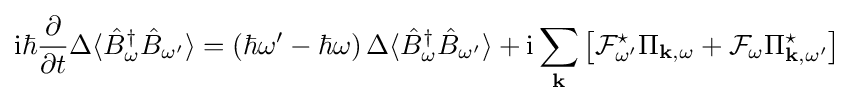
\mathrm {i} \hbar {\frac {\partial }{\partial t}}\Delta \langle {\hat {B}}_{\omega }^{\dagger }{\hat {B}}_{\omega '}\rangle =(\hbar \omega '-\hbar \omega )\,\Delta \langle {\hat {B}}_{\omega }^{\dagger }{\hat {B}}_{\omega '}\rangle +\mathrm {i} \sum \limits _{\mathbf {k} }\left[{\mathcal {F}}_{\omega '}^{\star }\Pi _{\mathbf {k} ,\omega }+{\mathcal {F}}_{\omega }\Pi _{\mathbf {k} ,\omega '}^{\star }\right]